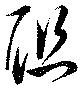
聯